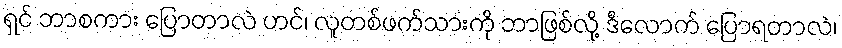
ရှင် ဘာစကား ပြောတာလဲ ဟင်၊ လူတစ်ဖက်သားကို ဘာဖြစ်လို့ ဒီလောက် ပြောရတာလဲ၊